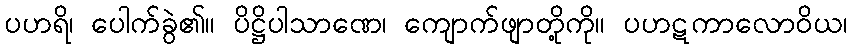
ပဟရိ၊ ပေါက်ခွဲ၏။ ပိဋ္ဌိပါသာဏေ၊ ကျောက်ဖျာတို့ကို။ ပဟဋကာလောဝိယ၊